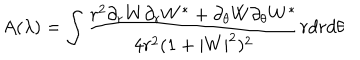
A ( \lambda ) = \int \frac { r ^ { 2 } \partial _ { r } W \partial _ { r } W ^ { * } + \partial _ { \theta } W \partial _ { \theta } W ^ { * } } { 4 r ^ { 2 } ( 1 + | W | ^ { 2 } ) ^ { 2 } } r d r d \theta